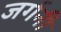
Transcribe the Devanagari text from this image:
जर्गनी